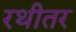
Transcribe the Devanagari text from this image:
रथीतर